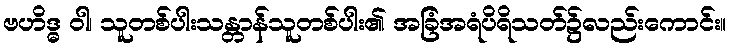
ဗဟိဒ္ဓ ဝါ၊ သူတစ်ပါးသန္တာန်သူတစ်ပါး၏ အခြံအရံပိရိသတ်၌လည်းကောင်း။